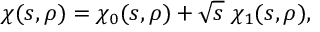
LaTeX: \chi ( s , \rho ) = \chi _ { 0 } ( s , \rho ) + \sqrt { s } \; \chi _ { 1 } ( s , \rho ) ,